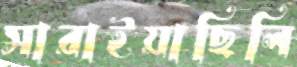
সারাইয়াছিলি